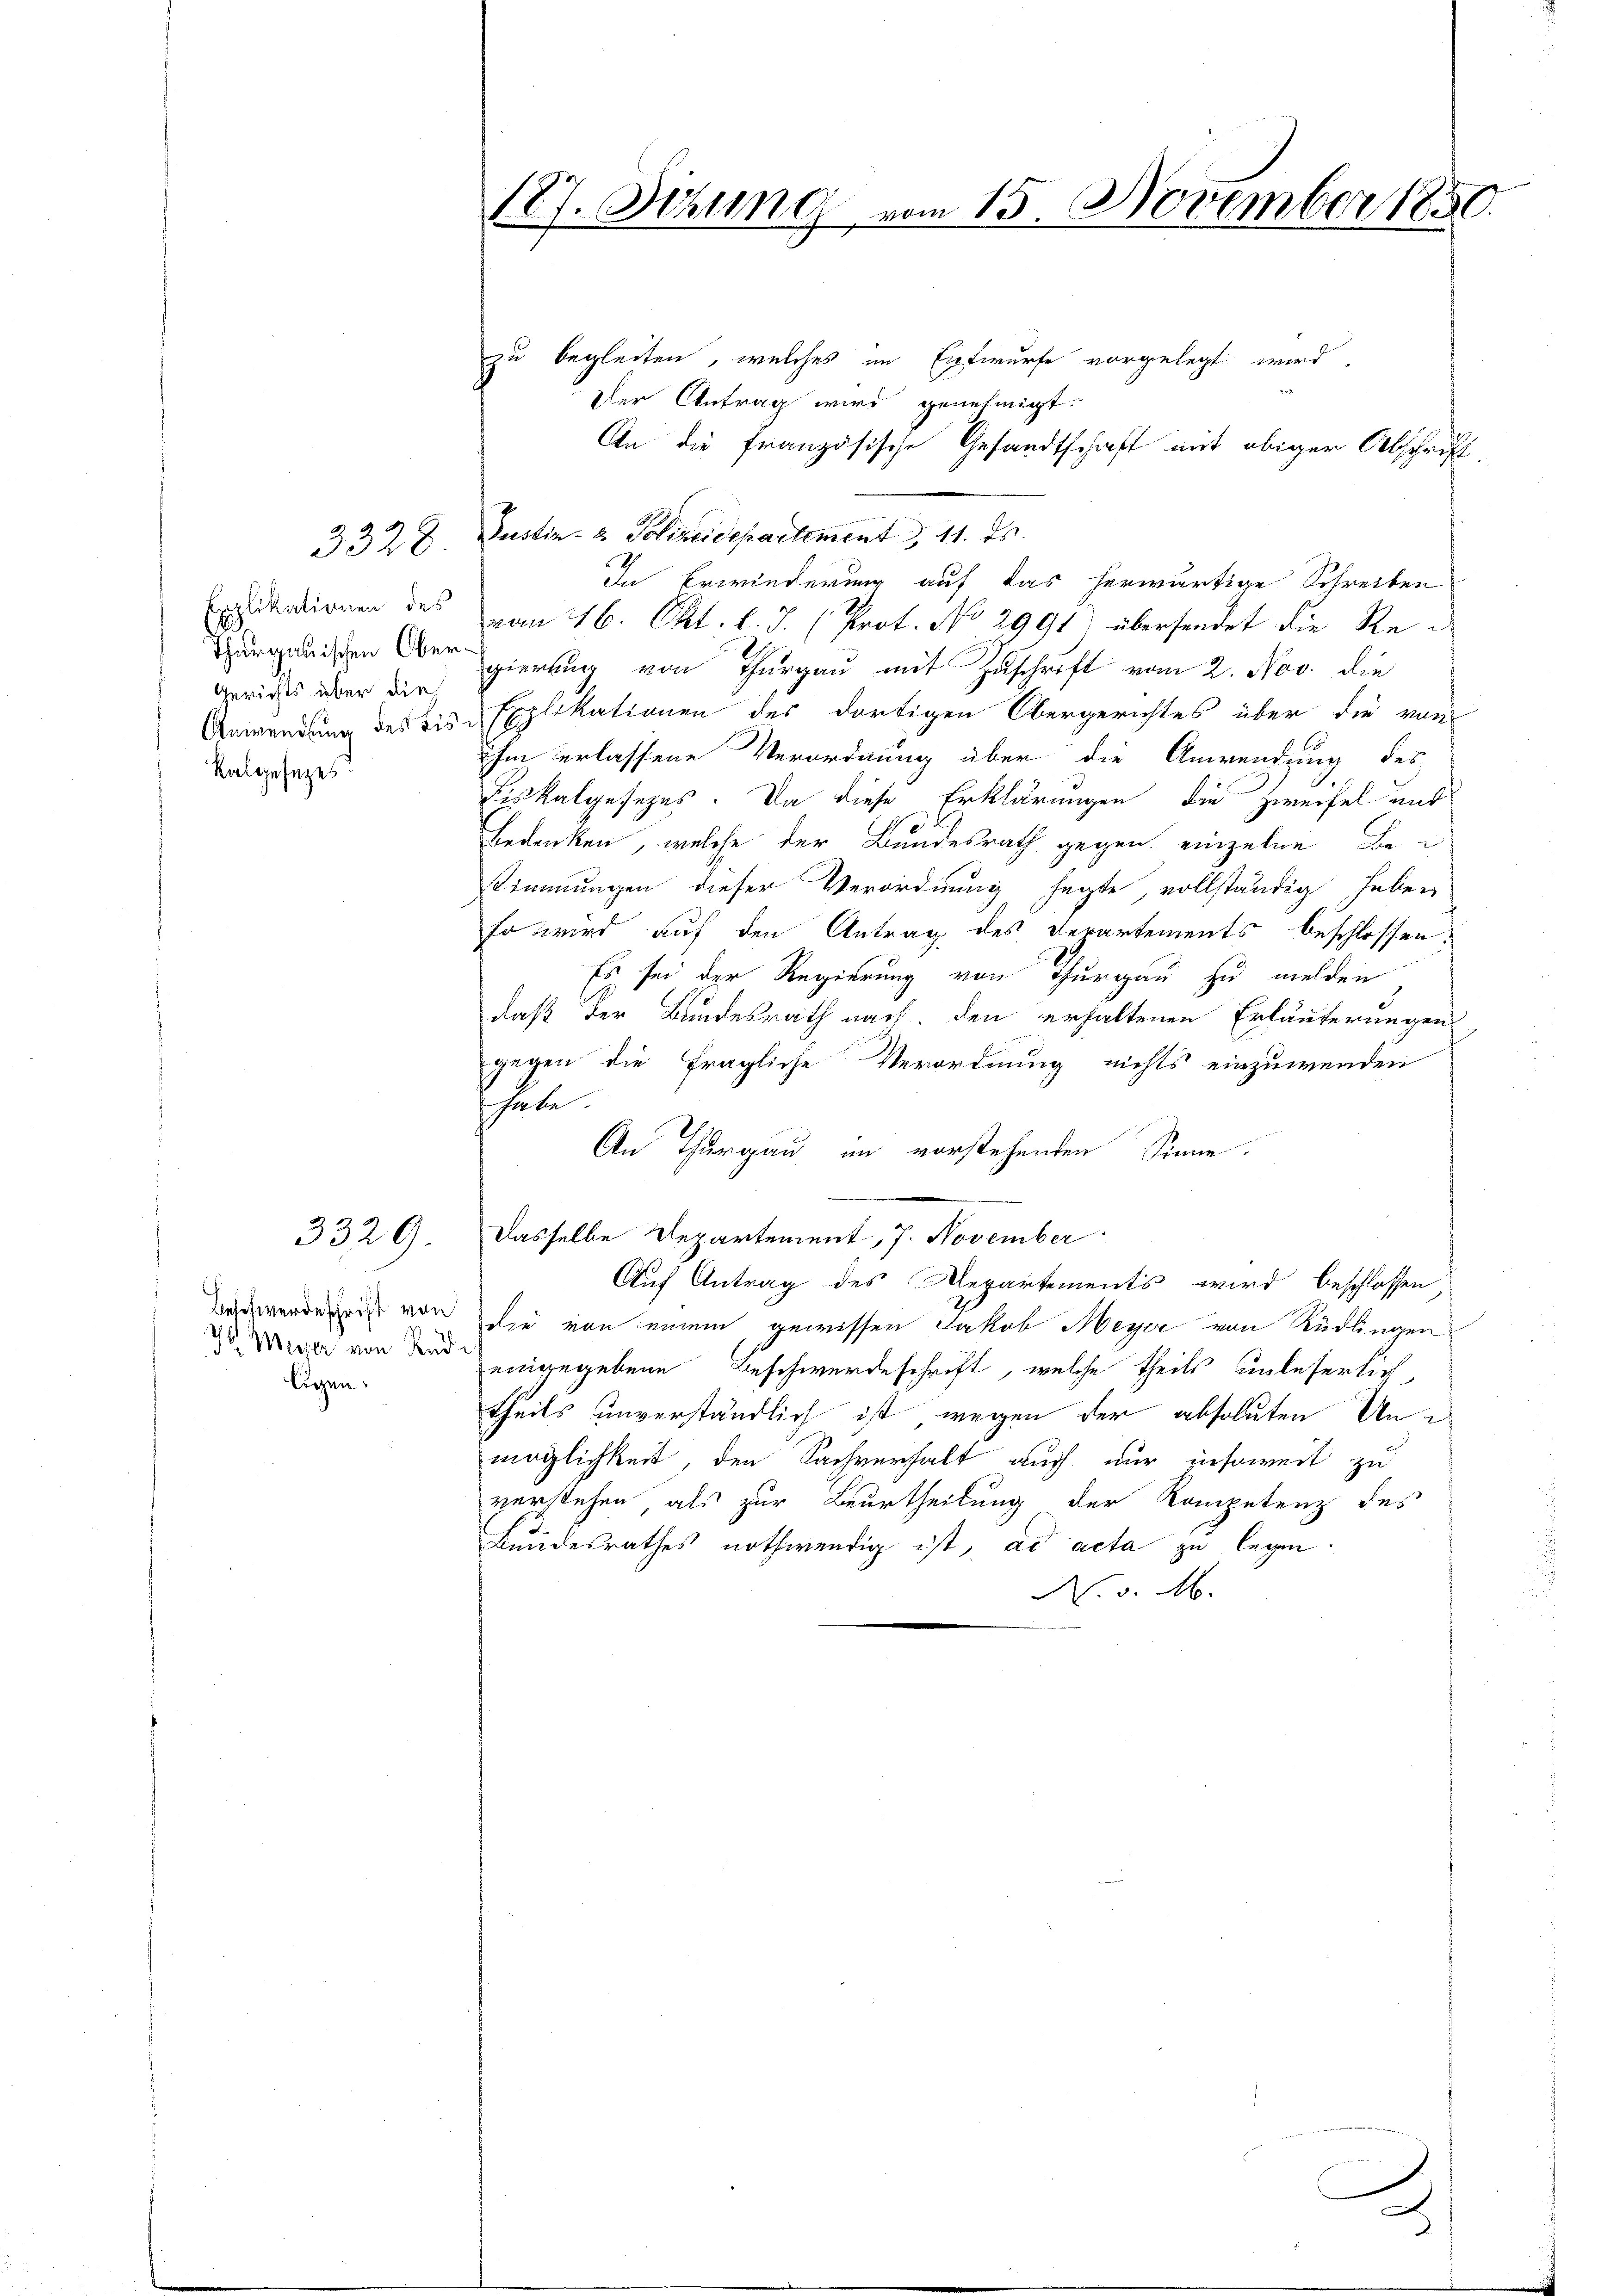
3329.

3328.

Gerichts über die
Kalgesezes.

ligen.

zu begleiten, welches im Entwurfe vorgelegt wird,
2
Der Antrag wird genehmigt.
An die französische Gesandtschaft mit obiger Abschrift-
Justiz- & Polizeidepartement, 11. ds.
In Erwiederung auf das herwärtige Schreiben
Exudationen des vom 16. Okt. l. J. (Prot. No 2991) übersendet die Re¬
E
urganischen ergierung von Thurgau mit Zuschrift vom 2. Nov. die
Anwendung des bis Explikationen des dortigen Obergerichtes über die vom
ihm erlassene Verordnung über die Anwendung des
Fiskalgesezes. Da diese Erklärungen die Zweifel und
Bedenken, welche der Bundesrath gegen einzelne Be¬
Stimmungen dieser Verordnung hegte, vollständig haben
so wird auf den Antrag des Departements beschlossen,
Es sei der Regierung von Thurgau zu melden
daß der Bundesrath nach den erhaltenen Erläuterungen
gegen die fragliche Verordnung nichts einzuwenden
habe.
An Thurgau im vorstehenden Sinne.
Dasselbe Departement, 7. November
Auf Antrag des Departements wird beschlossen,
Das werde ist von die von einem gewissen Jakob Meyer von Rüdlingen
ds Weg von den eingegebene Beschwerdeschrift, welche theils unleserlich
theils unverständlich ist, wegen der absoluten Unmöglichkeit, den Sachverhalt auch nur insoweit zu
verstehen, als zur Beurtheilung der Kompetenz des
Bundesrathes nothwendig ist, ad acta zu legen.
N. v. M.

127. Jezung vom 15. November 1850

.